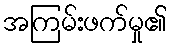
အကြမ်းဖက်မှု၏